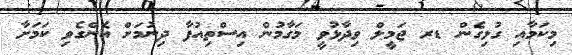
މިކަމާއި ގުޅިގެން ޑރ ޖަމީލް ވިދާޅުވީ މަގާމުން އިސްތިއުފާ ދިނުމަށް އެންގެވި ކަމަށާ